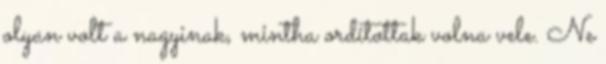
olyan volt a nagyinak, mintha ordítottak volna vele. Ne